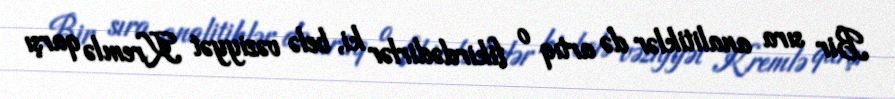
Bir sıra analitiklər də artıq o fikirdədirlər ki, belə vəziyyət Kremlə qarşı